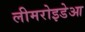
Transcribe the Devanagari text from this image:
लीमरोइडेआ